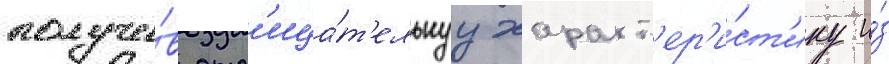
получи́в отр'ица́т'ельнуу характ'ер'и́ст'ику и́з